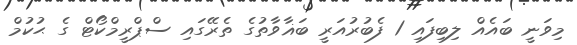
މިވަނީ ބައެއް ލިބިފައި 1 ފެބުރުއަރީ ބަޣާވާތުގެ ތެރޭގައި ސްޕްރީމްކޯޓް ގެ ޙުކުމް